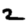
Digit: 2